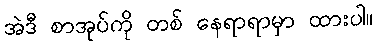
အဲဒီ စာအုပ်ကို တစ် နေရာရာမှာ ထားပါ။